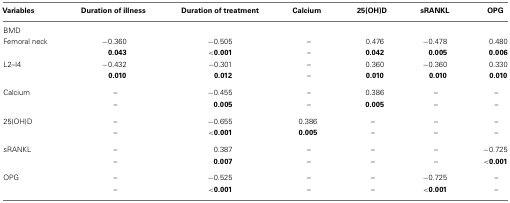
<table><thead><tr><td><b>Variables</b></td><td><b>Duration of illness</b></td><td><b>Duration of treatment</b></td><td><b>Calcium</b></td><td><b>25(OH)D</b></td><td><b>sRANKL</b></td><td><b>OPG</b></td></tr></thead><tbody><tr><td>BMD</td><td></td><td></td><td></td><td></td><td></td><td></td></tr><tr><td>Femoral neck</td><td>−0.360</td><td>−0.505</td><td>–</td><td>0.476</td><td>−0.478</td><td>0.480</td></tr><tr><td></td><td><b>0.043</b></td><td><b>&lt;0.001</b></td><td>–</td><td><b>0.042</b></td><td><b>0.005</b></td><td><b>0.006</b></td></tr><tr><td>L2–l4</td><td>−0.432</td><td>−0.301</td><td>–</td><td>0.360</td><td>−0.360</td><td>0.330</td></tr><tr><td></td><td><b>0.010</b></td><td><b>0.012</b></td><td>–</td><td><b>0.010</b></td><td><b>0.010</b></td><td><b>0.010</b></td></tr><tr><td>Calcium</td><td>–</td><td>−0.455</td><td>–</td><td>0.386</td><td>–</td><td>–</td></tr><tr><td></td><td>–</td><td><b>0.005</b></td><td>–</td><td><b>0.005</b></td><td>–</td><td>–</td></tr><tr><td>25(OH)D</td><td>–</td><td>−0.655</td><td>0.386</td><td>–</td><td>–</td><td>–</td></tr><tr><td></td><td>–</td><td><b>&lt;0.001</b></td><td><b>0.005</b></td><td>–</td><td>–</td><td>–</td></tr><tr><td>sRANKL</td><td>–</td><td>0.387</td><td>–</td><td>–</td><td>–</td><td>−0.725</td></tr><tr><td></td><td>–</td><td><b>0.007</b></td><td>–</td><td>–</td><td>–</td><td><b>&lt;0.001</b></td></tr><tr><td>OPG</td><td>–</td><td>−0.525</td><td>–</td><td>–</td><td>−0.725</td><td>–</td></tr><tr><td></td><td>–</td><td><b>&lt;0.001</b></td><td>–</td><td>–</td><td><b>&lt;0.001</b></td><td>–</td></tr></tbody></table>